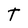
Character: t